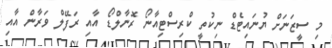
މި ސީޒަނަށް ޔުނައިޓެޑް ނިކުތީ ކްރިސްޓިއާނޯ ރޮނާލްޑޯ އާއި ރަފޭލް ވަރާން އާއި